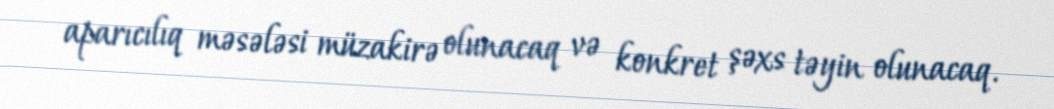
aparıcılıq məsələsi müzakirə olunacaq və konkret şəxs təyin olunacaq.